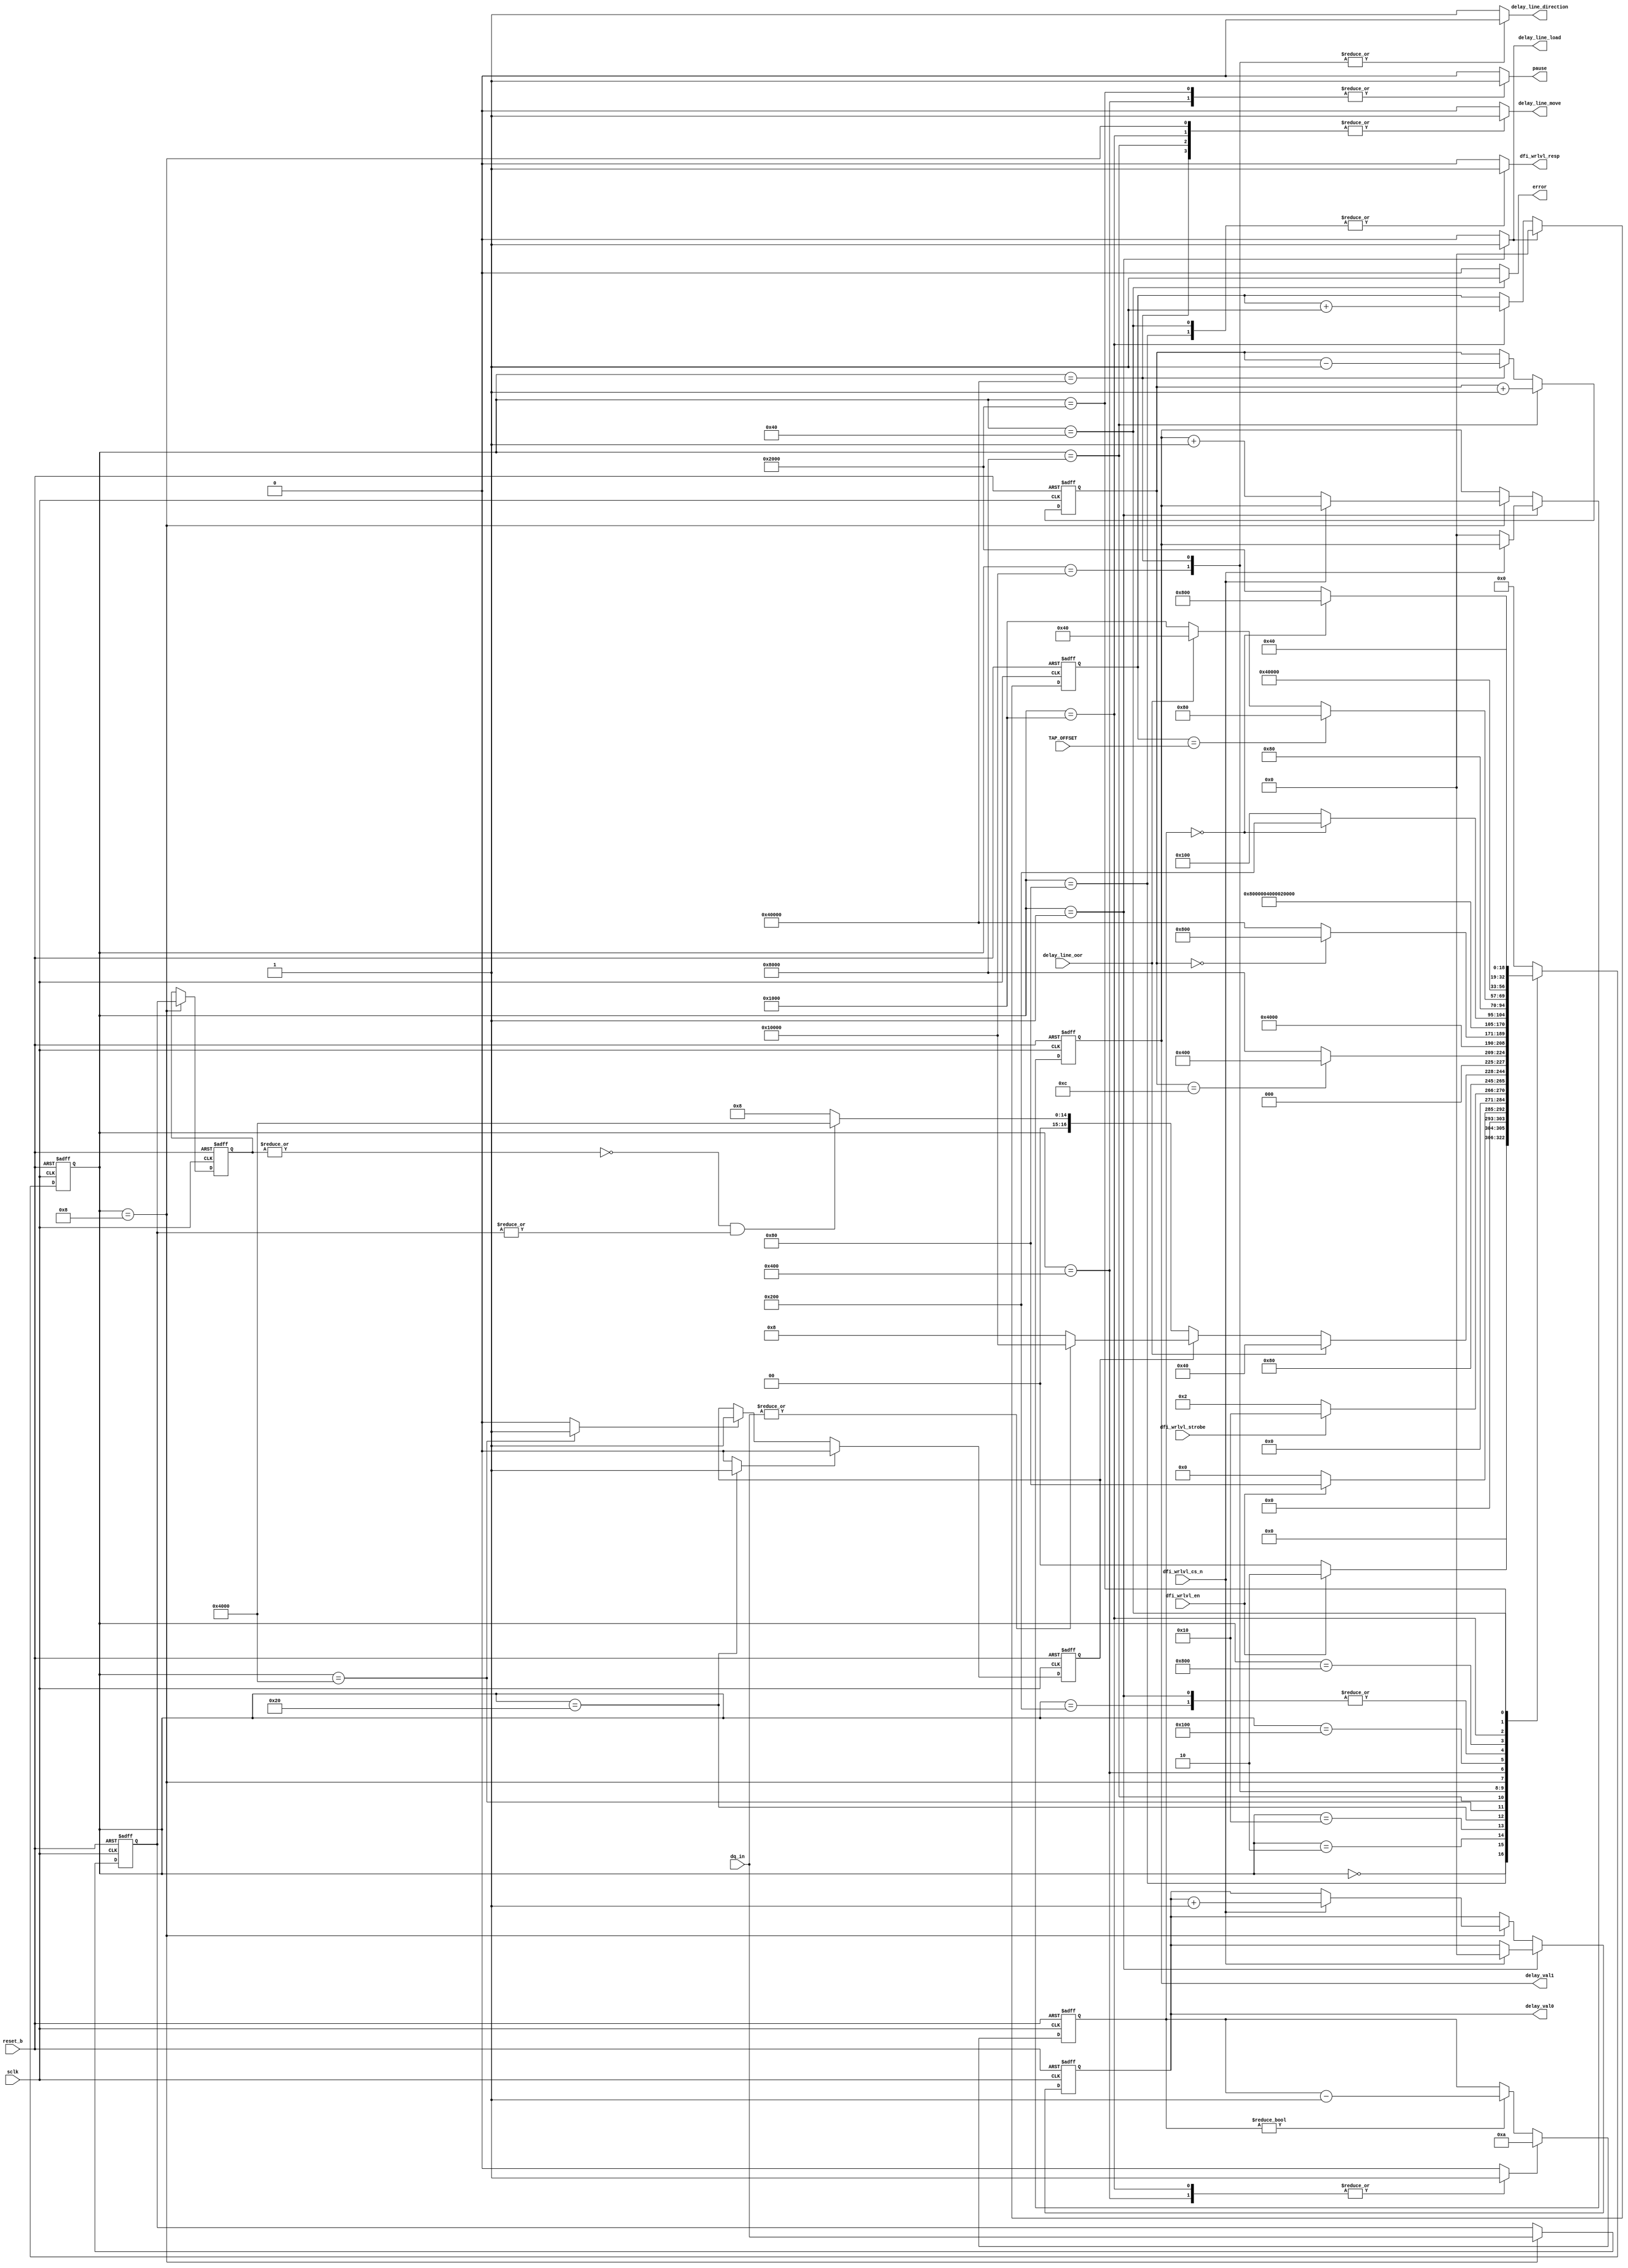
// *********************************************************************/ 
// Copyright (c) 2015 Microsemi Corporation.  All rights reserved.  
// 
// Any use or redistribution in part or in whole must be handled in 
// accordance with the Actel license agreement and must be approved 
// in advance in writing.  
//  
//     
// Description: single DQS group write leveling alignment
//              DFI interface
//              Lane Controller interface
//              IOG RX[7:0] bus (for monitoring DQ)
//              
//
// Notes:

// AS: 9/16:        removed delay line load state
// AS: 4/17:        added check for 1->0 glitches when detecting 0->1
//                  (modified SM)

// *********************************************************************/ 


module WRLVL_BOT
(
  input             sclk,
  input             reset_b,
  // DFI
  input             dfi_wrlvl_en,
  input             dfi_wrlvl_strobe,
  input             dfi_wrlvl_cs_n,
  output reg        dfi_wrlvl_resp,
  // Lane Controller
  input             delay_line_oor,
  output reg        delay_line_load,
  output reg        delay_line_direction,
  output reg        delay_line_move,
  // DQS output enable
  output reg        pause,
  // DQ slice, for monitoring
  input [7:0]       dq_in,
  // delay value
  // for debug interface
  // -> one for each rank
  output reg [6:0]  delay_val0,
  output reg [6:0]  delay_val1,
  output reg        error, // for debug purposes
  input  [6:0]      TAP_OFFSET
);

parameter WAIT_CNT_VAL = 10;

// -------------------------------------------
// STATES
// -------------------------------------------

// AS: 11/14 --> changed to one-hot encoding
// localparam SM_IDLE = 5'd0;
// localparam SM_LOAD = 5'd1;
// localparam SM_STRB = 5'd2;
// localparam SM_DQSO = 5'd3;
// localparam SM_INCR = 5'd4;
// localparam SM_WAI1 = 5'd5;
// localparam SM_WAI2 = 5'd6;
// localparam SM_DERR = 5'd7;
// localparam SM_DONE = 5'd8;
// localparam SM_WAI3 = 5'd9;
// localparam SM_WAI4 = 5'd10;
// localparam SM_PAUS = 5'd11;

localparam SM_IDLE = 19'd0;
localparam SM_LOAD = 19'd1;
localparam SM_STRB = 19'd2;
localparam SM_DQSO = 19'd4;
localparam SM_INCR = 19'd8;
localparam SM_WAI1 = 19'd16;
localparam SM_WAI2 = 19'd32;
localparam SM_DERR = 19'd64;
localparam SM_DONE = 19'd128;
localparam SM_WAI3 = 19'd256;
localparam SM_WAI4 = 19'd512;
localparam SM_PAUS = 19'd1024;
localparam SM_OFF1 = 19'd2048;
localparam SM_OFF2 = 19'd4096;
localparam SM_OFF3 = 19'd8192;
localparam SM_PUS1 = 19'd16384;
localparam SM_PUS2 = 19'd32768;
localparam SM_PUL1 = 19'd65536;
localparam SM_PUL2 = 19'd262144;
//localparam = 14'd524288;


// -------------------------------------------
// WIRES AND REGISTERS
// -------------------------------------------

reg [18:0]          current_state;
reg [18:0]          next_state;

reg [7:0]           dq_in_reg;
reg [7:0]           dq_in_reg_2;
reg [5:0]           wait_cnt;
reg                 load_wait_cnt;
reg [6:0]           tap_count;            // AS: for tracking offset
reg [6:0]           push_count;            // AS: for tracking push count
reg                 transition_found;
reg                 set_transition_found;
reg                 clear_transition_found;

// -------------------------------------------
// SYNCHRONOUS LOGIC
// -------------------------------------------
always@(posedge sclk or negedge reset_b)
begin: NEXT_STATE_REG
  if (reset_b == 1'b0)
  begin
    current_state <= SM_IDLE;
  end
  else
  begin
    current_state <= next_state;
  end
end

always@(posedge sclk or negedge reset_b)
begin: REG_RDDATA
  if (reset_b == 1'b0)
  begin
    dq_in_reg <= 8'hFF;
    dq_in_reg_2 <= 8'hFF;
  end
  else
  begin
    if (current_state == SM_INCR)
    begin
      dq_in_reg <= dq_in;
      dq_in_reg_2 <= dq_in_reg;
    end
    else
    begin
      dq_in_reg <= dq_in_reg;
      dq_in_reg_2 <= dq_in_reg_2;
    end
  end
end

always@(posedge sclk or negedge reset_b)
begin: REG_DELAY_PROC
  if (reset_b == 1'b0)
  begin
    delay_val0 <= 7'b0000000;
    delay_val1 <= 7'b0000000;
    
  end
  else
  begin
    if (current_state == SM_LOAD)
    begin
      if(dfi_wrlvl_cs_n == 1'b1)
        delay_val0 <= 7'b0000000;
      else
        delay_val1 <= 7'b0000000;
    end
    else if (current_state == SM_INCR)
      if (dfi_wrlvl_cs_n == 1'b1)
        delay_val0 <= delay_val0 + 1;
      else
        delay_val1 <= delay_val1 + 1;
    else
    begin
      delay_val0 <= delay_val0;
      delay_val1 <= delay_val1;
    end
  end
end


always@(posedge sclk or negedge reset_b)
begin : CNTR
  if (reset_b == 1'b0)
    wait_cnt <= 6'b000000;
  else
  begin
    if (load_wait_cnt == 1'b1)
      wait_cnt <= WAIT_CNT_VAL;
    else if (wait_cnt != 6'b000000)
      wait_cnt <= wait_cnt - 6'b000001;
    else
      wait_cnt <= wait_cnt;
  end
end

always@(posedge sclk or negedge reset_b)
begin : TAP_COUNTER
  if (reset_b == 1'b0)
    tap_count[6:0] <= 7'b000000;
  else
  begin
    if (delay_line_load == 1'b1)
      tap_count[6:0] <= 7'b000000;
    else if (current_state == SM_OFF2)
      tap_count[6:0] <= tap_count[6:0] + 7'h1;
    else
      tap_count[6:0] <= tap_count[6:0];
  end
end

always@(posedge sclk or negedge reset_b)
begin : PUSH_COUNT
  if (reset_b == 1'b0)
    push_count[6:0] <= 7'b000000;
  else
  begin
    if (current_state == SM_PUS2) // push out
      push_count[6:0] <= push_count[6:0] + 7'h1;
    else if (current_state == SM_PUL2) // pull back
      push_count[6:0] <= push_count[6:0] - 7'h1;
    else
      push_count[6:0] <= push_count[6:0];
  end
end

always@(posedge sclk or negedge reset_b)
begin : TRANSITION_FLAG
  if (reset_b == 1'b0)
    transition_found <= 1'b0;
  else
  begin
    if (clear_transition_found == 1'b1)
      transition_found <= 1'b0;
    else if (set_transition_found == 1'b1)
      transition_found <= 1'b1;
    else
      transition_found <= transition_found;
    
  end
end


// -------------------------------------------
// COMBINATORIAL LOGIC
// -------------------------------------------

// next states
always@(*)
begin: NEXT_STATE_ASSIGN
  case(current_state)
  
    // AS: removed LOAD state
    SM_IDLE:
      if (dfi_wrlvl_en == 1'b1)
        next_state = SM_STRB;
      else
        next_state = SM_IDLE;

    // AS: added state transition condition so that
    //     we don't retrain until WRLVL is done
    SM_DONE:
      if (dfi_wrlvl_en == 1'b0)
        next_state = SM_IDLE;
      else
        next_state = SM_DONE;
        
    SM_LOAD:
      next_state = SM_STRB;
    
    // AS: fixed this to make oe a pause signal
    SM_STRB:
      if (dfi_wrlvl_strobe == 1'b1)
        next_state = SM_WAI1;
      else
        next_state = SM_STRB;
        
/*     SM_STRB:
      if (dfi_wrlvl_strobe == 1'b1)
        next_state = SM_DQSO;
      else
        next_state = SM_STRB; */
  
    SM_WAI1:
      next_state = SM_WAI2;
    
    // AS: modified to OR entire bus
    // AS: added states to ascertain correct 0->1 transition
    SM_WAI2:
    begin
      if (delay_line_oor == 1'b1)
        next_state = SM_DERR;
      else
      begin
        if (transition_found == 1'b0)    // if we've not already detected a transition, 
        begin 
          if (!(|dq_in_reg_2[7:0]) && (|dq_in_reg[7:0])) // 0->1 transition
            next_state = SM_PUS1;          
          else
            next_state = SM_INCR;
        end
        else
        begin
          if (|dq_in[7:0])              // transition was real, pull back!
            next_state = SM_PUL1;       
          else                          // transition was a glitch, keep going
            next_state = SM_INCR;
        end
      end
    end

    
    SM_PUS1:
      if (push_count[6:0] == 7'd12)      // TO-DO: parametrize this 
        next_state = SM_PAUS;
      else
        next_state = SM_PUS2;
      
    SM_PUS2:
      next_state = SM_PUS1;

      
    SM_PUL1:
      if (push_count[6:0] == 7'd00)
        next_state = SM_OFF1;
      else
        next_state = SM_PUL2;
      
    SM_PUL2:
      next_state = SM_PUL1;
      
      
      
      
    SM_INCR:
      next_state = SM_PAUS;
      
    SM_PAUS:
      next_state = SM_WAI3;
        
    SM_WAI3:
      if (wait_cnt == 6'b000000)
        next_state = SM_WAI4;
      else 
        next_state = SM_WAI3;
        
    SM_WAI4:
      next_state = SM_STRB;

    
    // 4/3/2017 AS: added tap offset states  
    SM_OFF1:
      if (tap_count[6:0] == TAP_OFFSET)
        next_state = SM_DONE;
      else if (delay_line_oor == 1'b1)
        next_state = SM_DERR;
      else
        next_state = SM_OFF2;
      
    SM_OFF2:
      next_state = SM_OFF3;
    
    SM_OFF3:
      if (wait_cnt == 6'b000000)
        next_state = SM_OFF1;
      else
        next_state = SM_OFF3;
      
    // AS 2/17/2017, making error sticky
    SM_DERR:
      next_state = SM_DERR;
      
    default:
      next_state = SM_IDLE;
  
  endcase
end

// output assignments
always@(*)
begin
  delay_line_direction = 1'b1;
  dfi_wrlvl_resp = 1'b0;
  delay_line_load = 1'b0;
  delay_line_move = 1'b0;
  pause = 1'b0;
  error = 1'b0;
  load_wait_cnt = 1'b0;
  set_transition_found = 1'b0;
  clear_transition_found = 1'b0;
  case (current_state)
    SM_LOAD:
      delay_line_load = 1'b1;
    SM_INCR:
      delay_line_move = 1'b1;
    SM_DONE:
      dfi_wrlvl_resp = 1'b1;
    SM_DERR:
    begin
      dfi_wrlvl_resp = 1'b1;
      error = 1'b1;
    end
    SM_PAUS:
    begin
      pause = 1'b1;
      load_wait_cnt = 1'b1;
    end
    SM_OFF2:
    begin
      delay_line_move = 1'b1;
      load_wait_cnt = 1'b1;
    end
    SM_OFF3:
      pause = 1'b1;
    SM_PUS1:
      set_transition_found = 1'b1;
    SM_PUS2:
      delay_line_move = 1'b1;
    SM_PUL1:
      delay_line_direction = 1'b0;
    SM_PUL2:
    begin
      delay_line_direction = 1'b0;
      delay_line_move = 1'b1;
    end
    SM_WAI2:
      clear_transition_found = 1'b1;
  endcase
end


endmodule